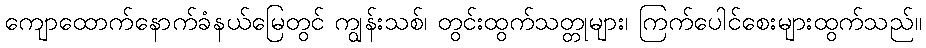
ကျောထောက်နောက်ခံနယ်မြေတွင် ကျွန်းသစ်၊ တွင်းထွက်သတ္တုများ၊ ကြက်ပေါင်စေးများထွက်သည်။